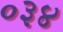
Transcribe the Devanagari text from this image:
०३४